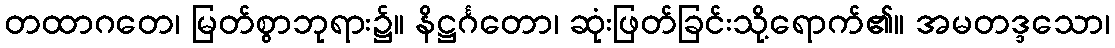
တထာဂတေ၊ မြတ်စွာဘုရား၌။ နိဋ္ဌင်္ဂတော၊ ဆုံးဖြတ်ခြင်းသို့ရောက်၏။ အမတဒ္ဒသော၊